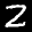
Label: 2